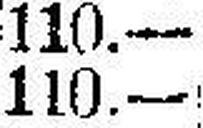
110.—